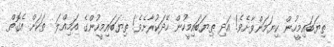
ތިޔަބައިމީހުން ކިޔަމަންވާށެވެ! އަދި ތިޔަބައިމީހުން ހޭދަކުރާށެވެ! ތިޔަބައިމީހުންގެ އަމިއްލަ  ތަކަށް އެގޮތް